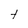
Character: t